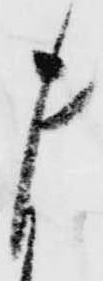
ま